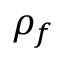
\rho _ { f }